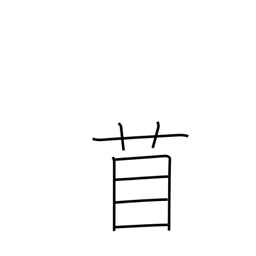
Meaning: medic